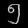
Digit: ၅